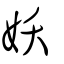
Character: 妖